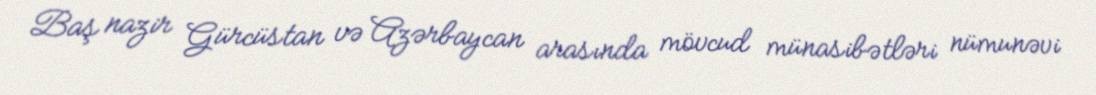
Baş nazir Gürcüstan və Azərbaycan arasında mövcud münasibətləri nümunəvi